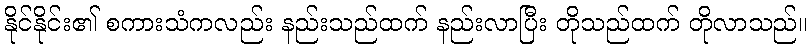
နိုင်နိုင်း၏ စကားသံကလည်း နည်းသည်ထက် နည်းလာပြီး တိုသည်ထက် တိုလာသည်။